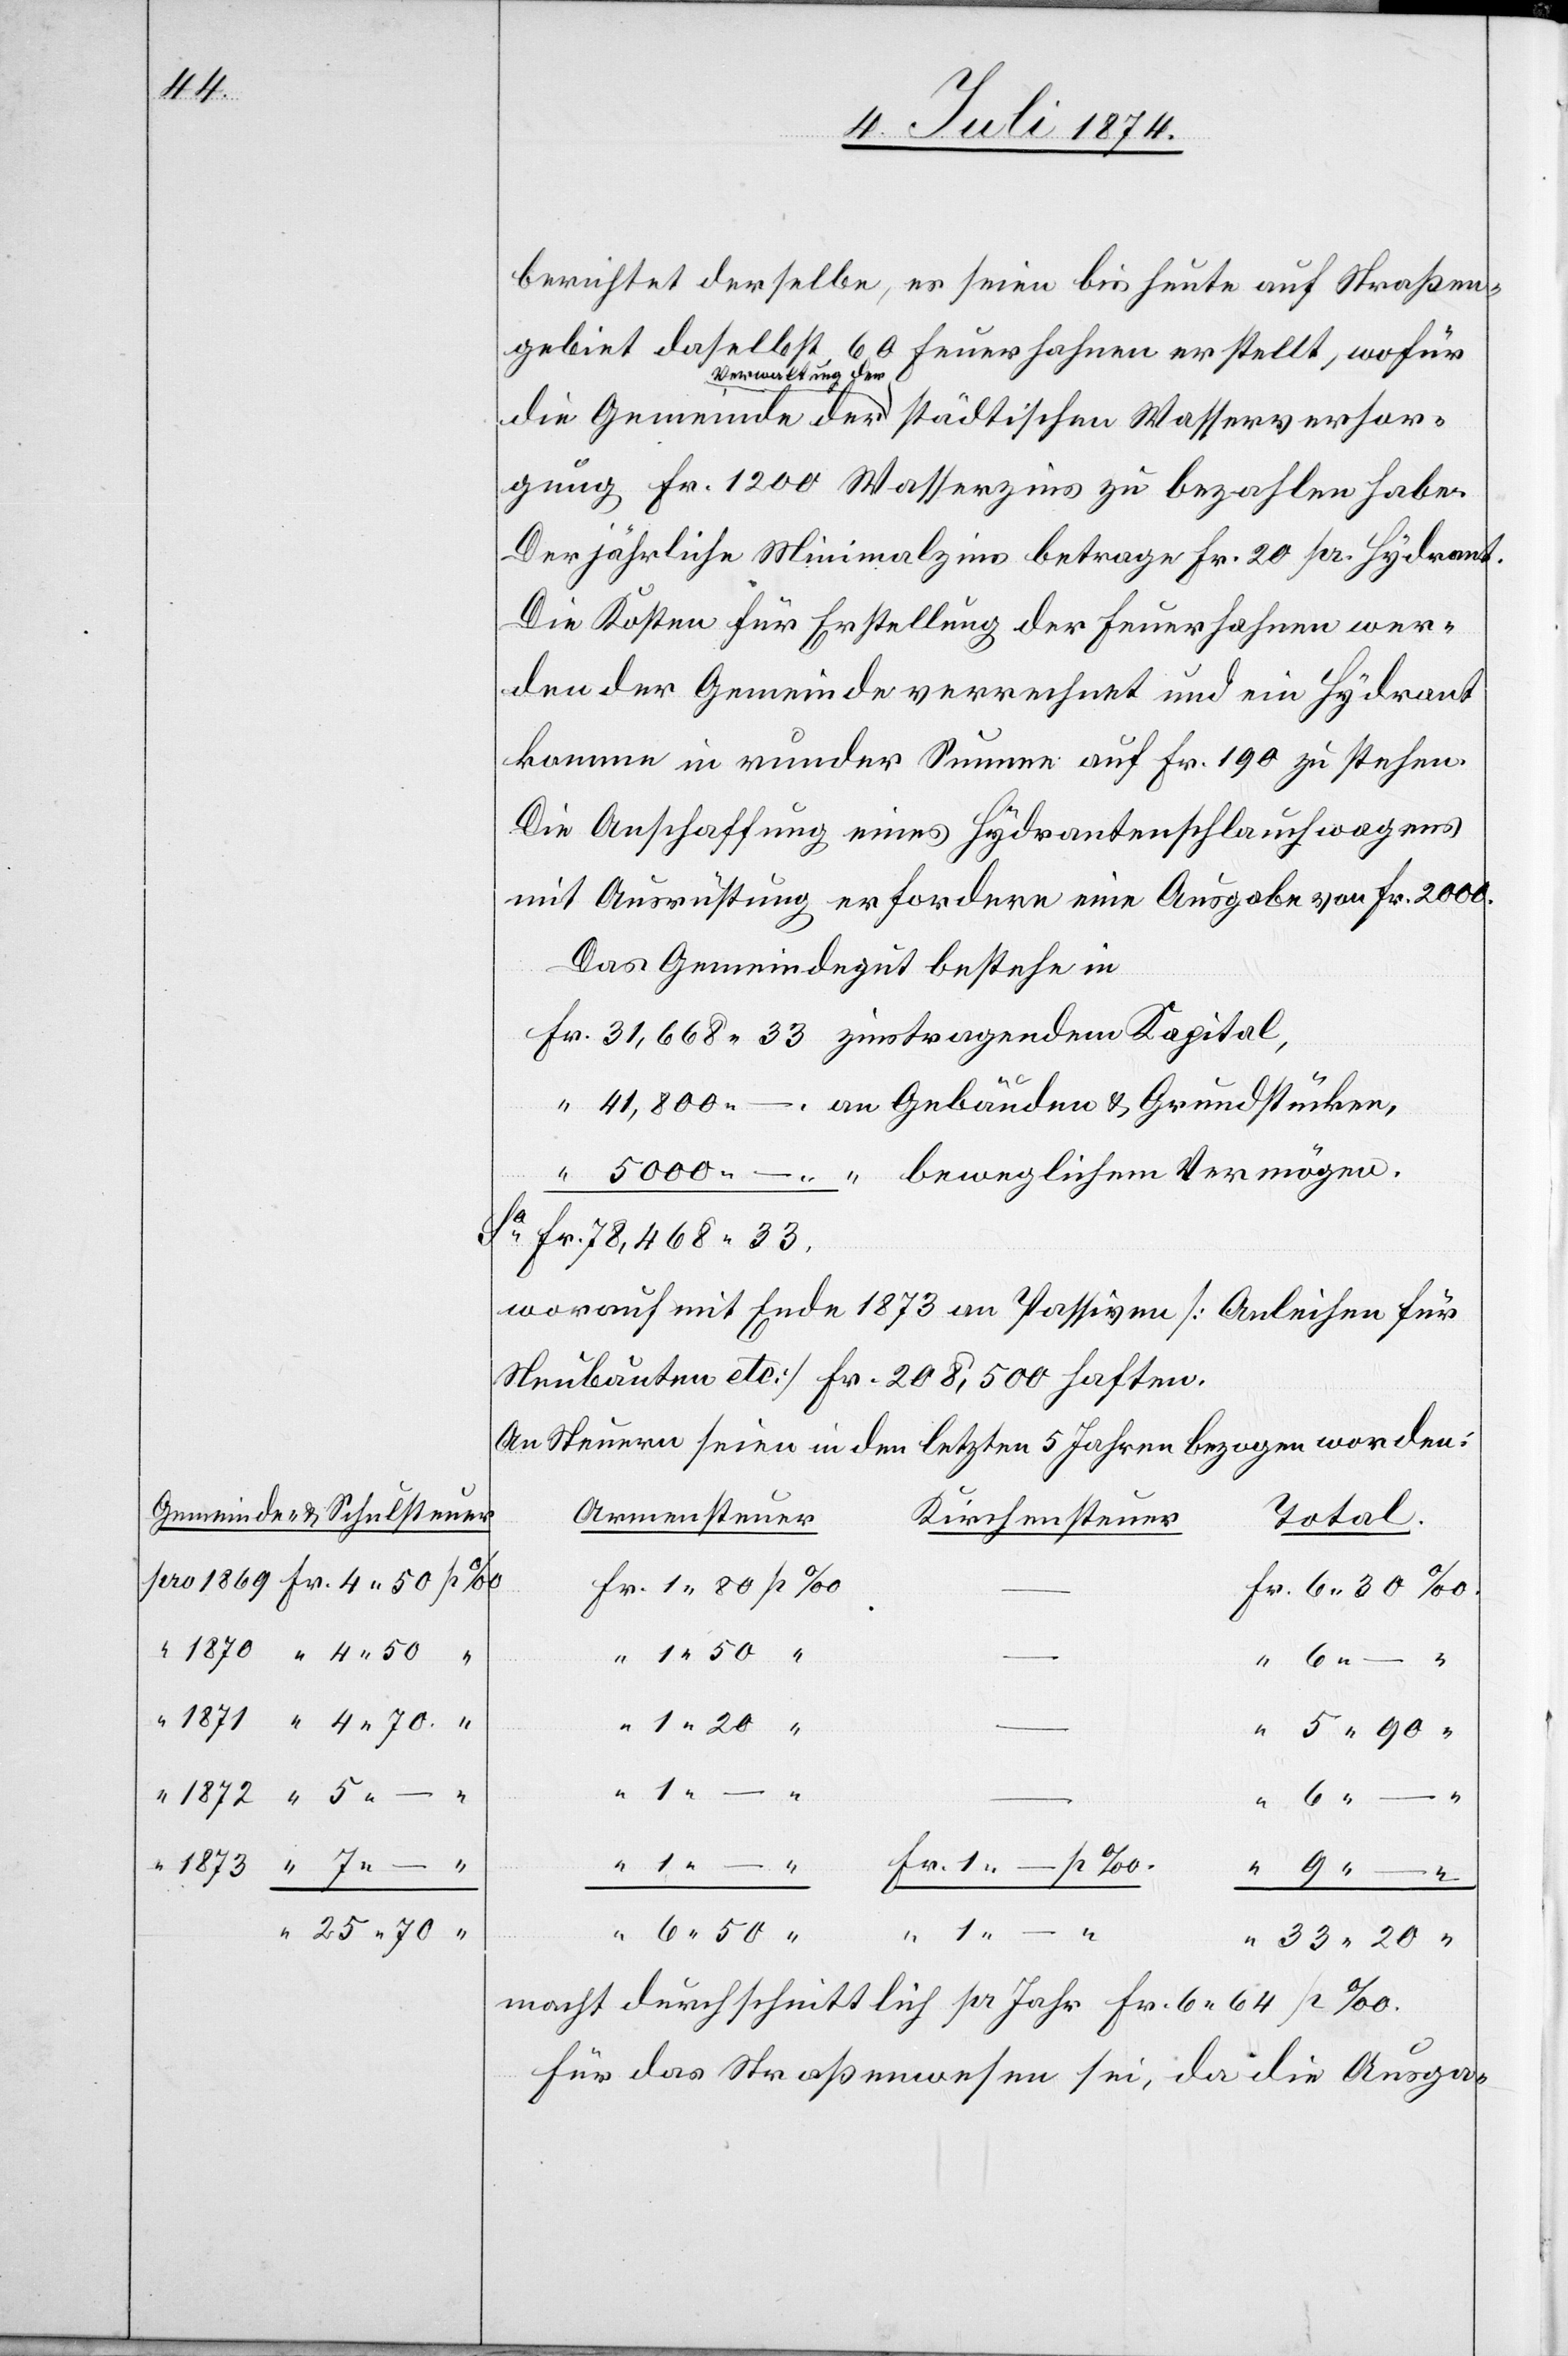
Wasserversor¬
berichtet derselbe, es seien bis heute auf Straßen¬
gebiet daselbst, 60 Feuerhahnen erstellt, wofür
Verwaltung der
u.
gung Fr. 1200 Wasserzins zu bezahlen habe.
Der jährliche Minimalzins betrage Fr. 20 per Hydrant.
Die Kosten für Erstellung der Feuerhahnen wer¬
den der Gemeinde verrechnet und ein Hydrant
komme in runder Summe auf Fr. 190 zu stehen.
Die Anschaffung eines Hydrantenschlauchwagens
mit Ausrüstung erfordere eine Ausgabe von Fr. 2000.
Das Gemeindegut bestehe in
worauf mit Ende 1873 an Passiven [Anleihen für
Neubauten etc.] Fr. 208,500 haften.
An Steuern seien in den letzten 5 Jahren bezogen worden:
Gemeinde- u. Schulsteuer
Armensteuer
Total
Kirchensteuer
einem
macht durchschnittlich per Jahr Fr. 6,64 p‰.
Für das Straßenwesen sei, da die Ausga-